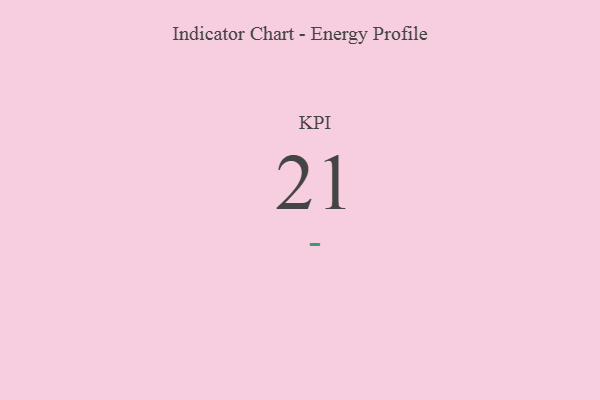
{"axis": {"x": "KPI", "y": "Value"}, "legend": [""], "data": [{"x": "KPI", "y": 21, "type": ""}]}